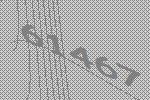
61467